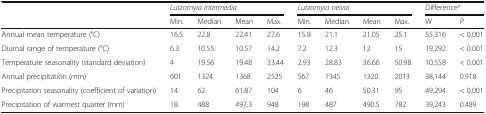
<table><thead><tr><td></td><td colspan="4"><b><i>Lutzomyia intermedia</i></b></td><td colspan="4"><b><i>Lutzomyia neivai</i></b></td><td colspan="2"><b>Difference<sup>a</sup></b></td></tr><tr><td></td><td><b>Min.</b></td><td><b>Median</b></td><td><b>Mean</b></td><td><b>Max.</b></td><td><b>Min.</b></td><td><b>Median</b></td><td><b>Mean</b></td><td><b>Max.</b></td><td><b>W</b></td><td><b><i>P</i></b></td></tr></thead><tbody><tr><td>Annual mean temperature (°C)</td><td>16.5</td><td>22.8</td><td>22.41</td><td>27.6</td><td>15.9</td><td>21.1</td><td>21.05</td><td>25.1</td><td>55,316</td><td>&lt; 0.001</td></tr><tr><td>Diurnal range of temperature (°C)</td><td>6.3</td><td>10.55</td><td>10.57</td><td>14.2</td><td>7.2</td><td>12.3</td><td>12</td><td>15</td><td>19,292</td><td>&lt; 0.001</td></tr><tr><td>Temperature seasonality (standard deviation)</td><td>4</td><td>19.56</td><td>19.48</td><td>33.44</td><td>2.93</td><td>28.83</td><td>36.66</td><td>50.98</td><td>10,558</td><td>&lt; 0.001</td></tr><tr><td>Annual precipitation (mm)</td><td>601</td><td>1324</td><td>1368</td><td>2525</td><td>567</td><td>1345</td><td>1320</td><td>2013</td><td>38,144</td><td>0.918</td></tr><tr><td>Precipitation seasonality (coefficient of variation)</td><td>14</td><td>62</td><td>61.87</td><td>104</td><td>6</td><td>46</td><td>50.31</td><td>95</td><td>49,294</td><td>&lt; 0.001</td></tr><tr><td>Precipitation of warmest quarter (mm)</td><td>18</td><td>488</td><td>497.3</td><td>948</td><td>198</td><td>487</td><td>490.5</td><td>782</td><td>39,243</td><td>0.489</td></tr></tbody></table>